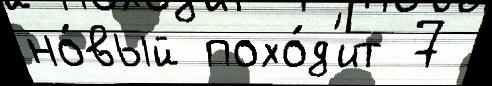
но́вый похо́д'ит 7